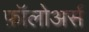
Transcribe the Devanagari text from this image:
फ़ॉलोअर्स